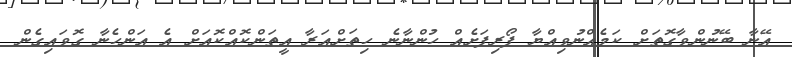
އޭނާ ބޭނުންވާގޮތަށް ކަމެއްނުވިއްޔާ ފޯރިފަށެއް ހުންނާނެ ހިތަށްއަރާ އީތަންކޮއްކޮއަށް އެ އަންހެނާ ގޮވައިގެން